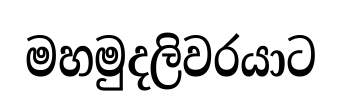
මහමුදලිවරයාට